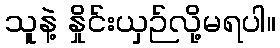
သူနဲ့ နှိုင်းယှဉ်လို့မရပါ။